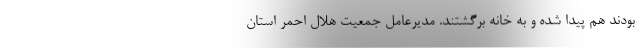
بودند هم پیدا شده و به خانه برگشتند. مدیرعامل جمعیت هلال احمر استان